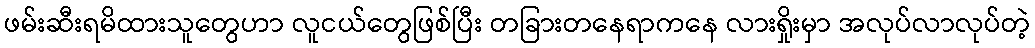
ဖမ်းဆီးရမိထားသူတွေဟာ လူငယ်တွေဖြစ်ပြီး တခြားတနေရာကနေ လားရှိုးမှာ အလုပ်လာလုပ်တဲ့